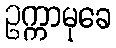
ဥက္ကာမုခေ